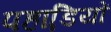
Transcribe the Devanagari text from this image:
पहाडि़यों